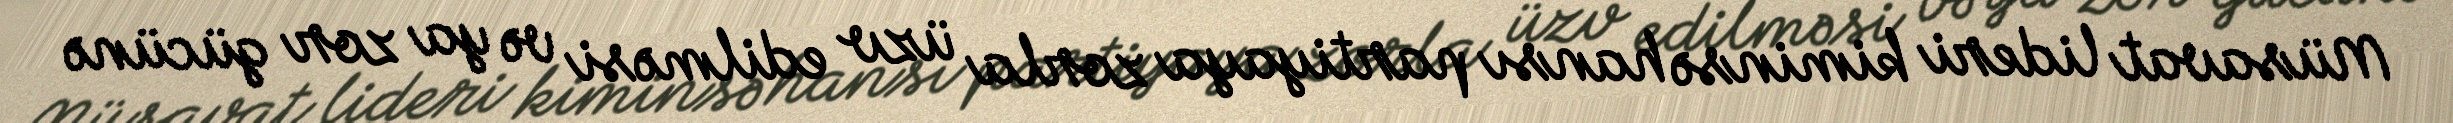
Müsavat lideri kiminsə hansı partiyaya zorla üzv edilməsi və ya zor gücünə